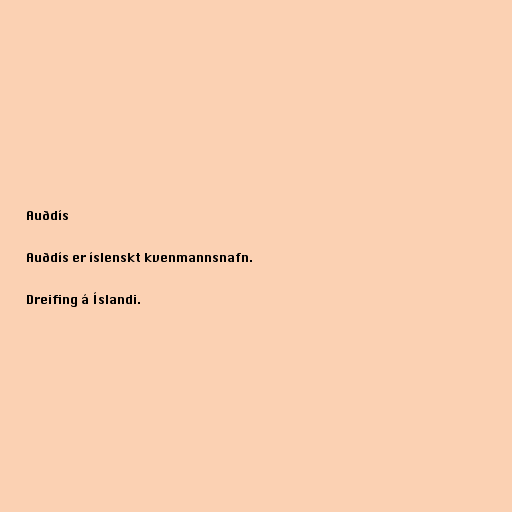
Auðdís

Auðdís er íslenskt kvenmannsnafn.

Dreifing á Íslandi.